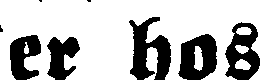
er hos